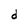
Character: d